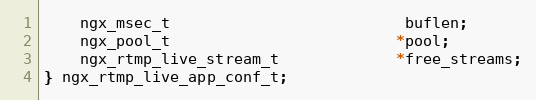
Language: C
    ngx_msec_t                          buflen;
    ngx_pool_t                         *pool;
    ngx_rtmp_live_stream_t             *free_streams;
} ngx_rtmp_live_app_conf_t;